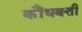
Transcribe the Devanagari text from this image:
कौंधबत्ती